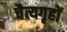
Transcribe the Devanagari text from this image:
चैत्यगृहों